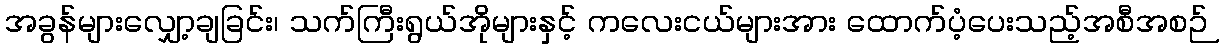
အခွန်များလျှော့ချခြင်း၊ သက်ကြီးရွယ်အိုများနှင့် ကလေးငယ်များအား ထောက်ပံ့ပေးသည့်အစီအစဉ်